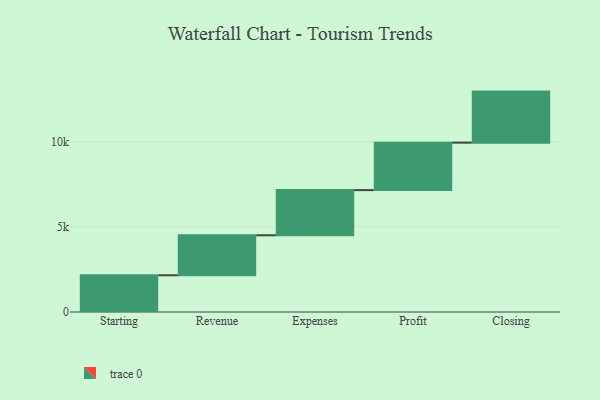
{"axis": {"x": "Step", "y": "Value"}, "legend": [""], "data": [{"x": "Starting", "y": 2158.0, "type": ""}, {"x": "Revenue", "y": 2350.0, "type": ""}, {"x": "Expenses", "y": 2654.0, "type": ""}, {"x": "Profit", "y": 2790.0, "type": ""}, {"x": "Closing", "y": 2999.0, "type": ""}]}